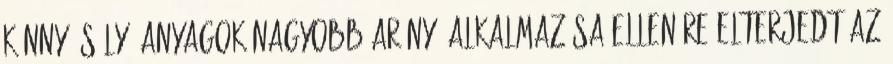
könnyű súlyú anyagok nagyobb arányú alkalmazása ellenére elterjedt az